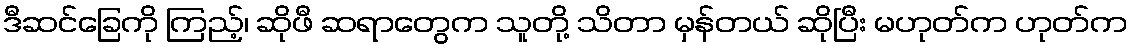
ဒီဆင်ခြေကို ကြည့်၊ ဆိုဖီ ဆရာတွေက သူတို့ သိတာ မှန်တယ် ဆိုပြီး မဟုတ်က ဟုတ်က